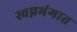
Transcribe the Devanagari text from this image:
स्वप्नभंगात